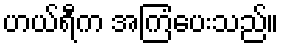
ဟယ်ရီက အကြံပေးသည်။